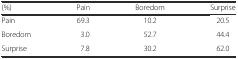
<table><thead><tr><td><b>(%)</b></td><td><b>Pain</b></td><td><b>Boredom</b></td><td><b>Surprise</b></td></tr></thead><tbody><tr><td>Pain</td><td>69.3</td><td>10.2</td><td>20.5</td></tr><tr><td>Boredom</td><td>3.0</td><td>52.7</td><td>44.4</td></tr><tr><td>Surprise</td><td>7.8</td><td>30.2</td><td>62.0</td></tr></tbody></table>